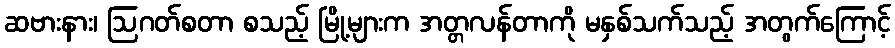
ဆဗားနား၊ ဩဂတ်စတာ စသည့် မြို့များက အတ္တလန်တာကို မနှစ်သက်သည့် အတွက်ကြောင့်